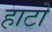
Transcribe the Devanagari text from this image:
हाटो